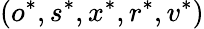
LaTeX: (o^{*},s^{*},x^{*},r^{*},v^{*})